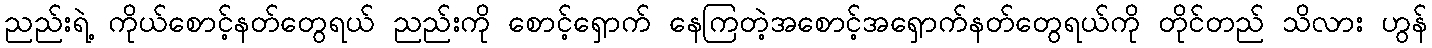
ညည်းရဲ့ ကိုယ်စောင့်နတ်တွေရယ် ညည်းကို စောင့်ရှောက် နေကြတဲ့အစောင့်အရှောက်နတ်တွေရယ်ကို တိုင်တည် သိလား ဟွန်